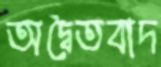
অদ্বৈতবাদ